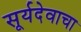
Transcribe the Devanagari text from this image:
सूर्यदेवाचा